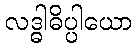
လဒ္ဓါဓိပ္ပါယော